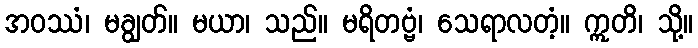
အဝဿံ၊ မချွတ်။ မယာ၊ သည်။ မရိတဗ္ဗံ၊ သေရာလတံ့။ ဣတိ၊ သို့။